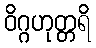
ဝိဂ္ဂဟုတ္တရိ